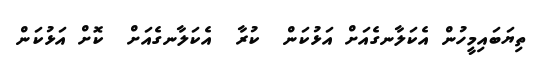
ތިޔަބައިމީހުން އެކަލާނގެއަށް އަޅުކަން  ކުރާ  އެކަލާނގެއަށް  ކޮށް އަޅުކަން